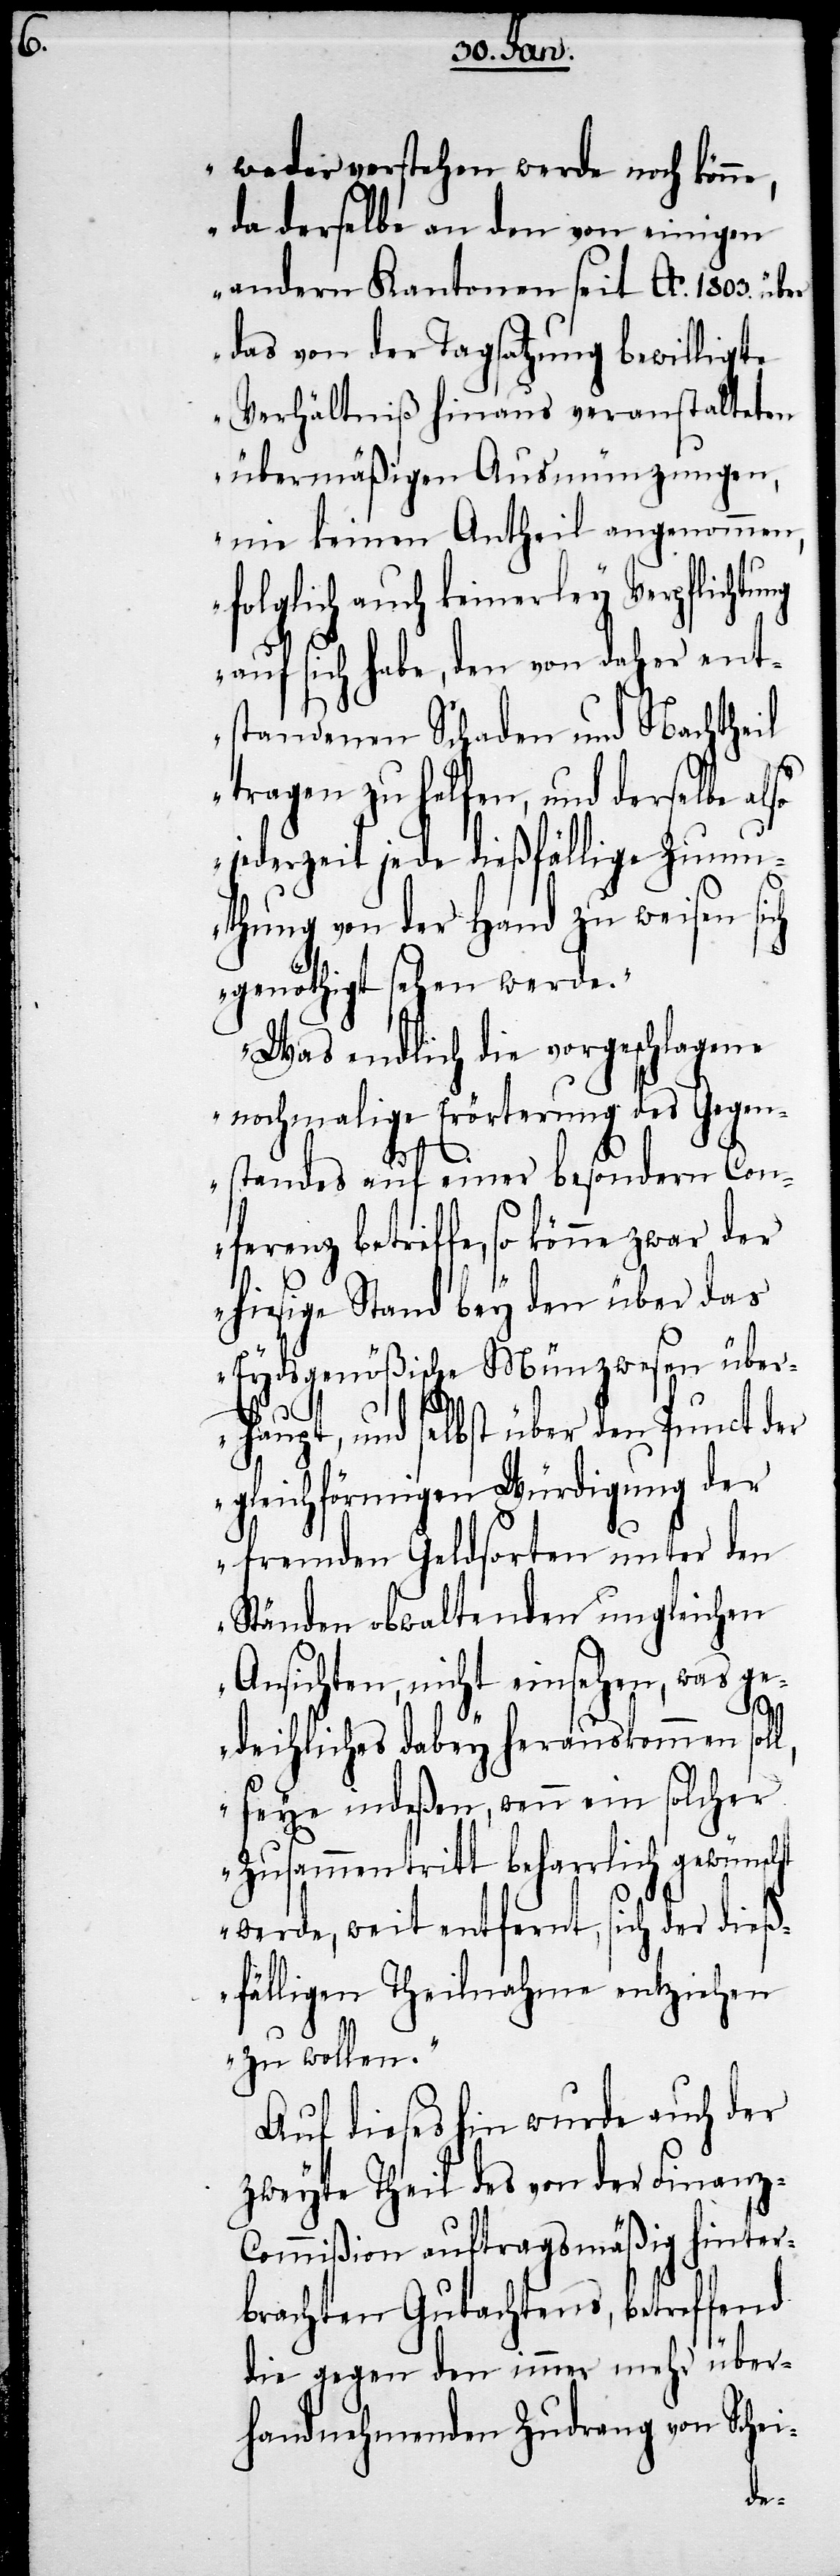
weder verstehen werde noch kön¬
da derselbe an den von einigen
andern Kantonen seit Ao. 1803. üb¬
das von der Tagsatzung bewilligte
Verhältniß hinaus veranstalteten
übermäßigen Ausmünzungen,
nie keinen Antheil angenommen,
folglich auch keinerley Verpflichtu¬
auf sich habe, den von daher ent¬
standenen Schaden und Nachtheil
tragen zu helfen, und derselbe also
jederzeit jede dießfällige Zumu¬
thung von der Hand zu weisen sich
genöthigt sehen werde.
Was endlich die vorgeschlagene
nochmalige Erörterung des Gegen¬
standes auf einer besondern Conf¬
erenz betreffe, so könne zwar der
hiesige Stand bey den über das
Eydsgenößische Münzwesen über¬
haupt, und selbst über den Punct der
gleichförmigen Würdigung der
fremden Geldsorten unter den
Ständen obwaltenden ungleichen
Ansichten, nicht einsehen, was ge¬
l,
deihliches dabey herauskommen sol¬
seye indeßen, wenn ein solcher
Zusammentritt beharrlich gewünscht
werde, weit entfernt, sich der dieß¬
fälligen Theilnahme entziehen
zu wollen."
Auf dieses hin wurde auch der
zweyte Theil des von der Finanz-C¬
ommißion auftragsmäßig hinter¬
brachten Gutachtens, betreffend
die gegen den immer mehr über¬
handnehmenden Zudrang von Schei-
er